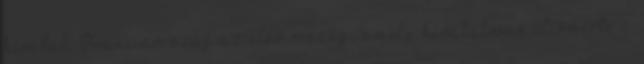
hivatal. Franciaország az első ország, amely hivatalosan elismerte a